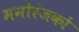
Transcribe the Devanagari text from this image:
मनोरंजकों